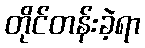
တိုင်တန်းခဲ့ရာ